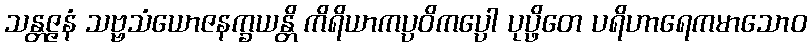
သန္တဇ္ဇနံ သဗ္ဗသံယောဇနက္ခယန္တိ ကိရိယာကပ္ပဝိကပ္ပေါ ပုပ္ဖိတေ ပရိဟာရေကမာသောဝ